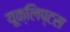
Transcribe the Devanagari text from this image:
यूक्लिप्टस